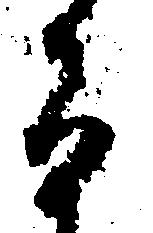
旨